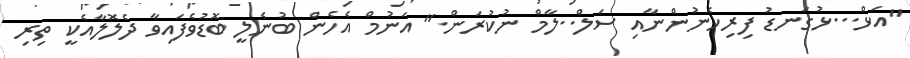
"އަޅް...ޅުގަނޑު ފިރިހެނުންނާއި ސަލް..ލާމް ނުކުރަން." އަނުމް އެހެން ބުނެލީ ބޮޑުވެފައިވާ ދެލޮލާއެކީ ތިރި